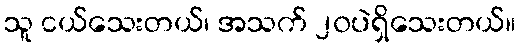
သူ ငယ်သေးတယ်၊ အသက် ၂၀ပဲရှိသေးတယ်။